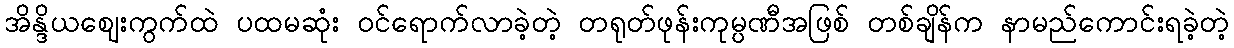
အိန္ဒိယဈေးကွက်ထဲ ပထမဆုံး ဝင်ရောက်လာခဲ့တဲ့ တရုတ်ဖုန်းကုမ္ပဏီအဖြစ် တစ်ချိန်က နာမည်ကောင်းရခဲ့တဲ့